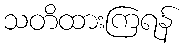
သတိထားကြရန်